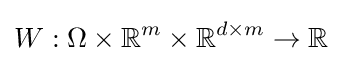
W:\Omega \times \mathbb {R} ^{m}\times \mathbb {R} ^{d\times m}\rightarrow \mathbb {R}